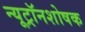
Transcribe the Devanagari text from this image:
न्यूट्रॉनशोषक